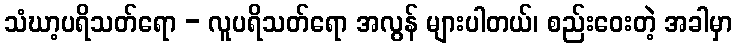
သံဃာ့ပရိသတ်ရော - လူပရိသတ်ရော အလွန် များပါတယ်၊ စည်းဝေးတဲ့ အခါမှာ